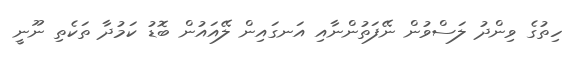
ހިތުގެ ވިންދު ލަސްވުން ނޭފަތުންނާއި އަނގައިން ލޭއައުން ބޮޑު ކަމުދާ ތަކެތި ނޫނީ